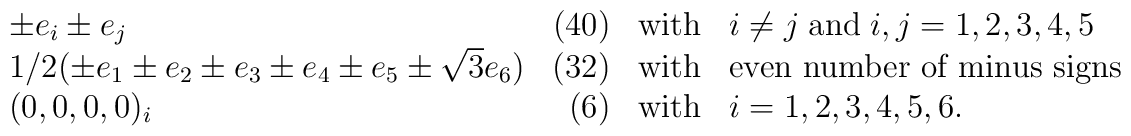
\begin{array}{lrcl} \pm e_{i} \pm e_{j} & (40) & \mbox{with} & i\neq j \; \mbox{and} \;i,j=1,2,3,4,5 \\1/2(\pm e_{1} \pm e_{2} \pm e_{3} \pm e_{4} \pm e_{5} \pm \sqrt{3} e_{6}) & (32) & \mbox{with} & \mbox{even number of minus signs}\\(0,0,0,0)_{i} & (6) & \mbox{with} & i=1,2,3,4,5,6.\end{array}